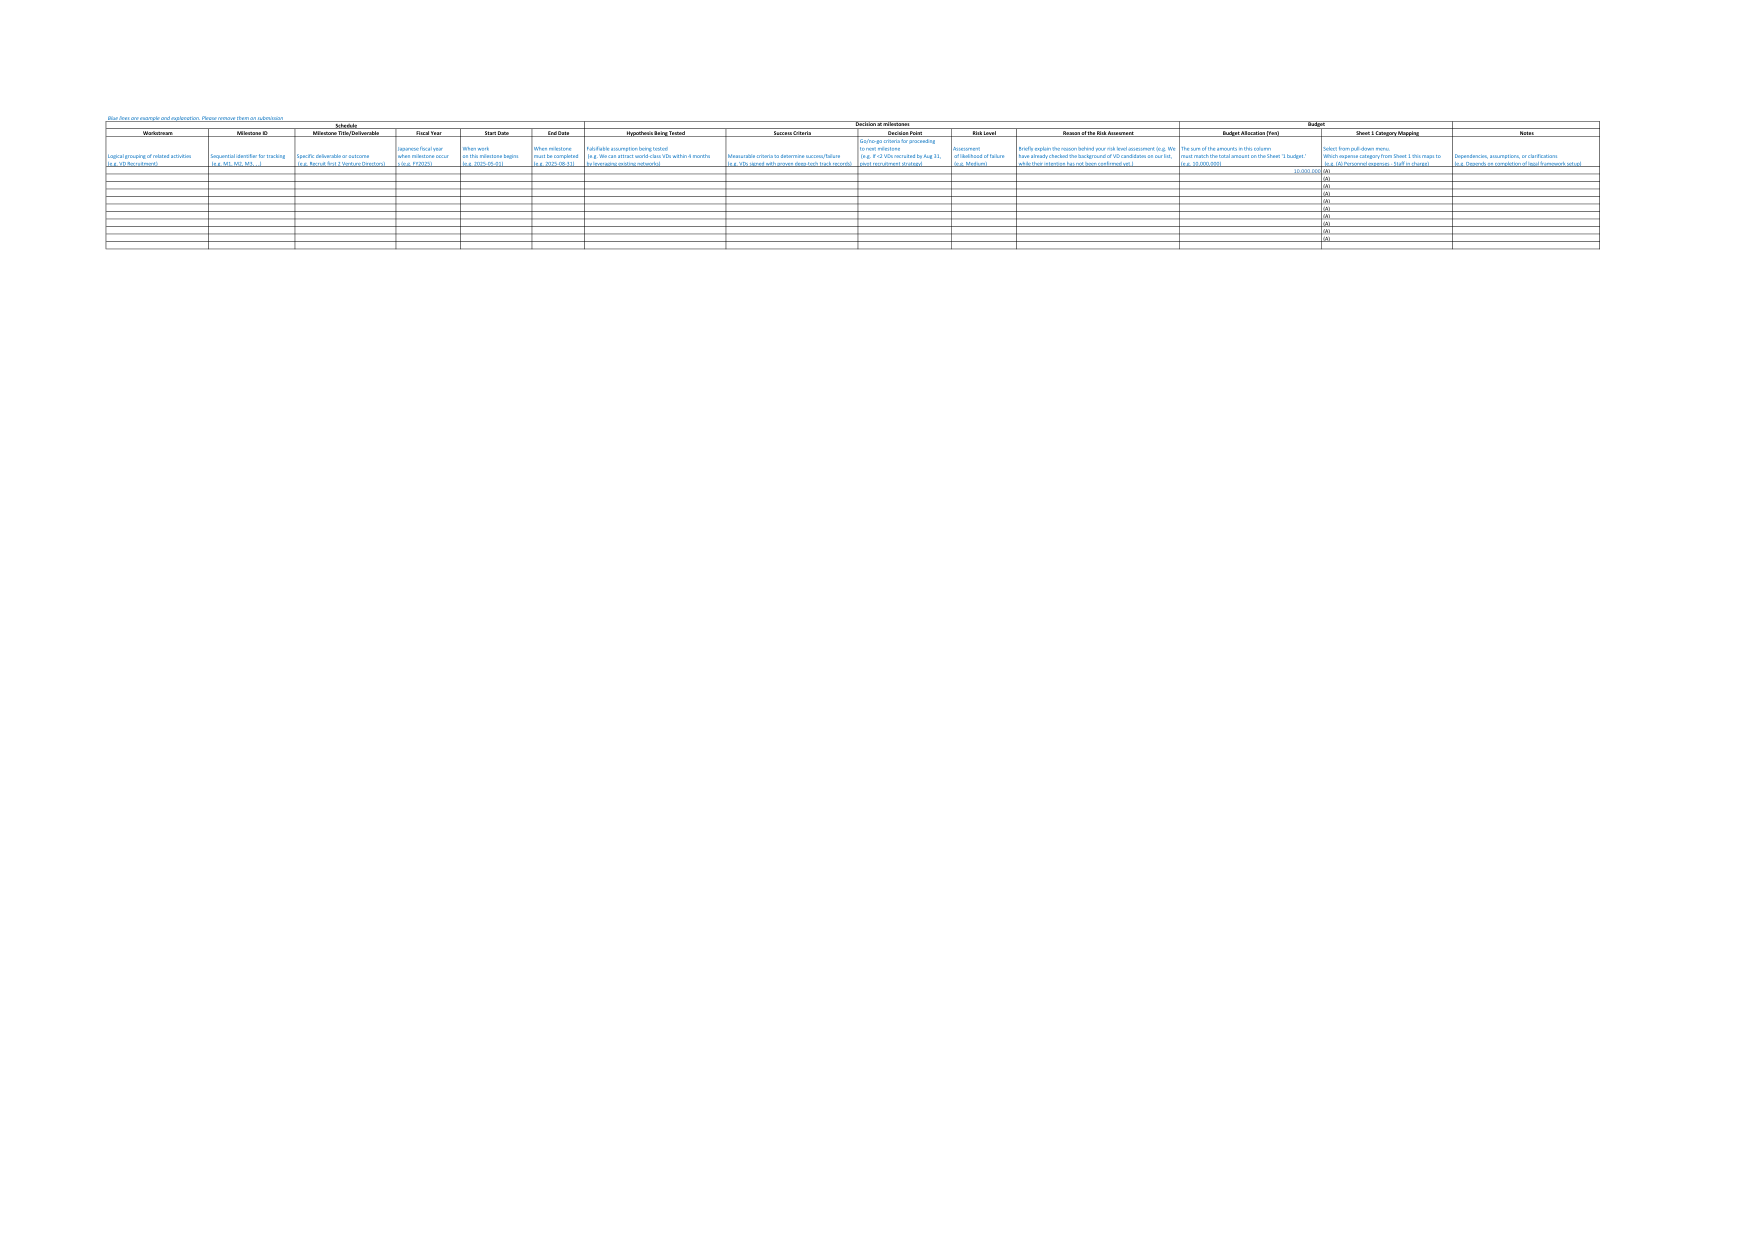
Blue: this is an example and explanation. Please remove them on submission

Schedule
Decision or Milestones
Budget

Workstream
Milestone ID
Milestone Title/Deliverable
Fiscal Year
Start Date
End Date
Hypothesis Being Tested
Success Criteria
Decision Point
Risk Level
Reasons for the Risk Assessment
Budget Allocation (Yen)
Sheet 1 Category Mapping
Notes

Logical grouping of related activities (e.g. 10: Recruitment)
Sequential identifier for tracking (e.g. M1, M2, M3,...)
Specific deliverable or outcome (e.g. Recruit first 2 Venture Directors)
Japanese fiscal year when milestone occurs (e.g. FY2025)
When work on this milestone begins (e.g. 2025-05-01)
When milestone must be completed (e.g. 2025-08-31)
Falsifiable assumption being tested (e.g. We can attract world-class VDs within 4 months by leveraging existing networks)
Measurable criteria to determine success/failure (e.g. 75% signed with proven track record in 4 months)
Go/no-go criteria for proceeding to next milestone (e.g. 4-5 VDs recruited by Aug 31, post recruitment strategy)
Assessment of likelihood of failure (e.g. Medium)
Briefly explain the reason behind your risk level assessment (e.g. We have already checked the background of VD candidates on our list, while their intention has not been confirmed yet.)
The sum of the amounts in this column must match the total amount on the Sheet 1 'Budget' (e.g. 30,000,000)
Select from pull-down menu. Which segment category (from Sheet 1 this maps to (e.g. 02 Personnel expenses - Staff in charge)
Dependencies, assumptions, or clarifications (e.g. Depends on completion of initial framework setup)

30,000,000
00
00
00
00
00
00
00
00